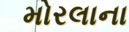
મોરલાના